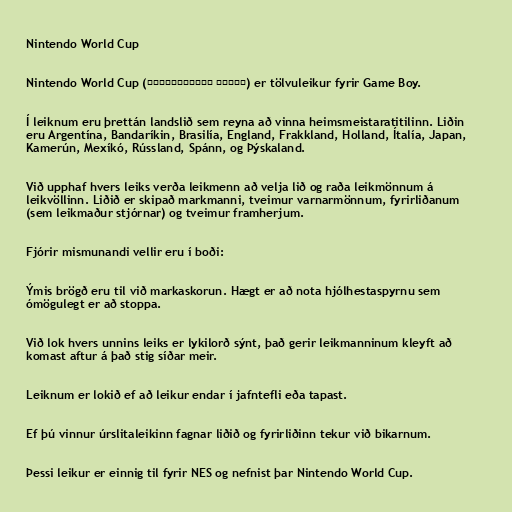
Nintendo World Cup

Nintendo World Cup (熱血高校ドッジボール部 サッカー編) er tölvuleikur fyrir Game Boy.

Í leiknum eru þrettán landslið sem reyna að vinna heimsmeistaratitilinn. Liðin
eru Argentína, Bandaríkin, Brasilía, England, Frakkland, Holland, Ítalía, Japan,
Kamerún, Mexíkó, Rússland, Spánn, og Þýskaland.

Við upphaf hvers leiks verða leikmenn að velja lið og raða leikmönnum á
leikvöllinn. Liðið er skipað markmanni, tveimur varnarmönnum, fyrirliðanum
(sem leikmaður stjórnar) og tveimur framherjum.

Fjórir mismunandi vellir eru í boði:

Ýmis brögð eru til við markaskorun. Hægt er að nota hjólhestaspyrnu sem
ómögulegt er að stoppa.

Við lok hvers unnins leiks er lykilorð sýnt, það gerir leikmanninum kleyft að
komast aftur á það stig síðar meir.

Leiknum er lokið ef að leikur endar í jafntefli eða tapast.

Ef þú vinnur úrslitaleikinn fagnar liðið og fyrirliðinn tekur við bikarnum.

Þessi leikur er einnig til fyrir NES og nefnist þar Nintendo World Cup.